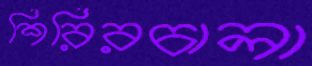
শিরিরচালা